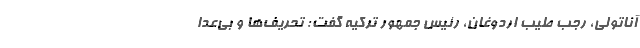
آناتولی، رجب طیب اردوغان، رئیس جمهور ترکیه گفت: تحریف‌ها و بی‌عدا